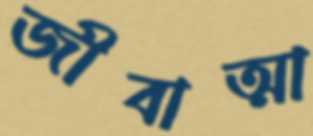
জীবাত্মা